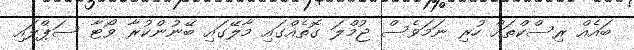
ބައެއް ރިސްކްތައް ހުރި ނަމަވެސް ޖުމްލަ ގޮތެއްގައި މާލޭގައި ބޭނުންކުރާ ވޯޓާ ސަޕްލައި